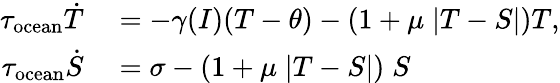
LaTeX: \begin{array}{rl}{\tau_{\mathrm{ocean}}\dot{T}}&{{}=-\gamma(I)(T-\theta)-(1+\mu\; |T-S|)T,}\\ {\tau_{\mathrm{ocean}}\dot{S}}&{{}=\sigma-(1+\mu\; |T-S|)\; S}\end{array}